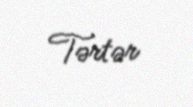
Tərtər